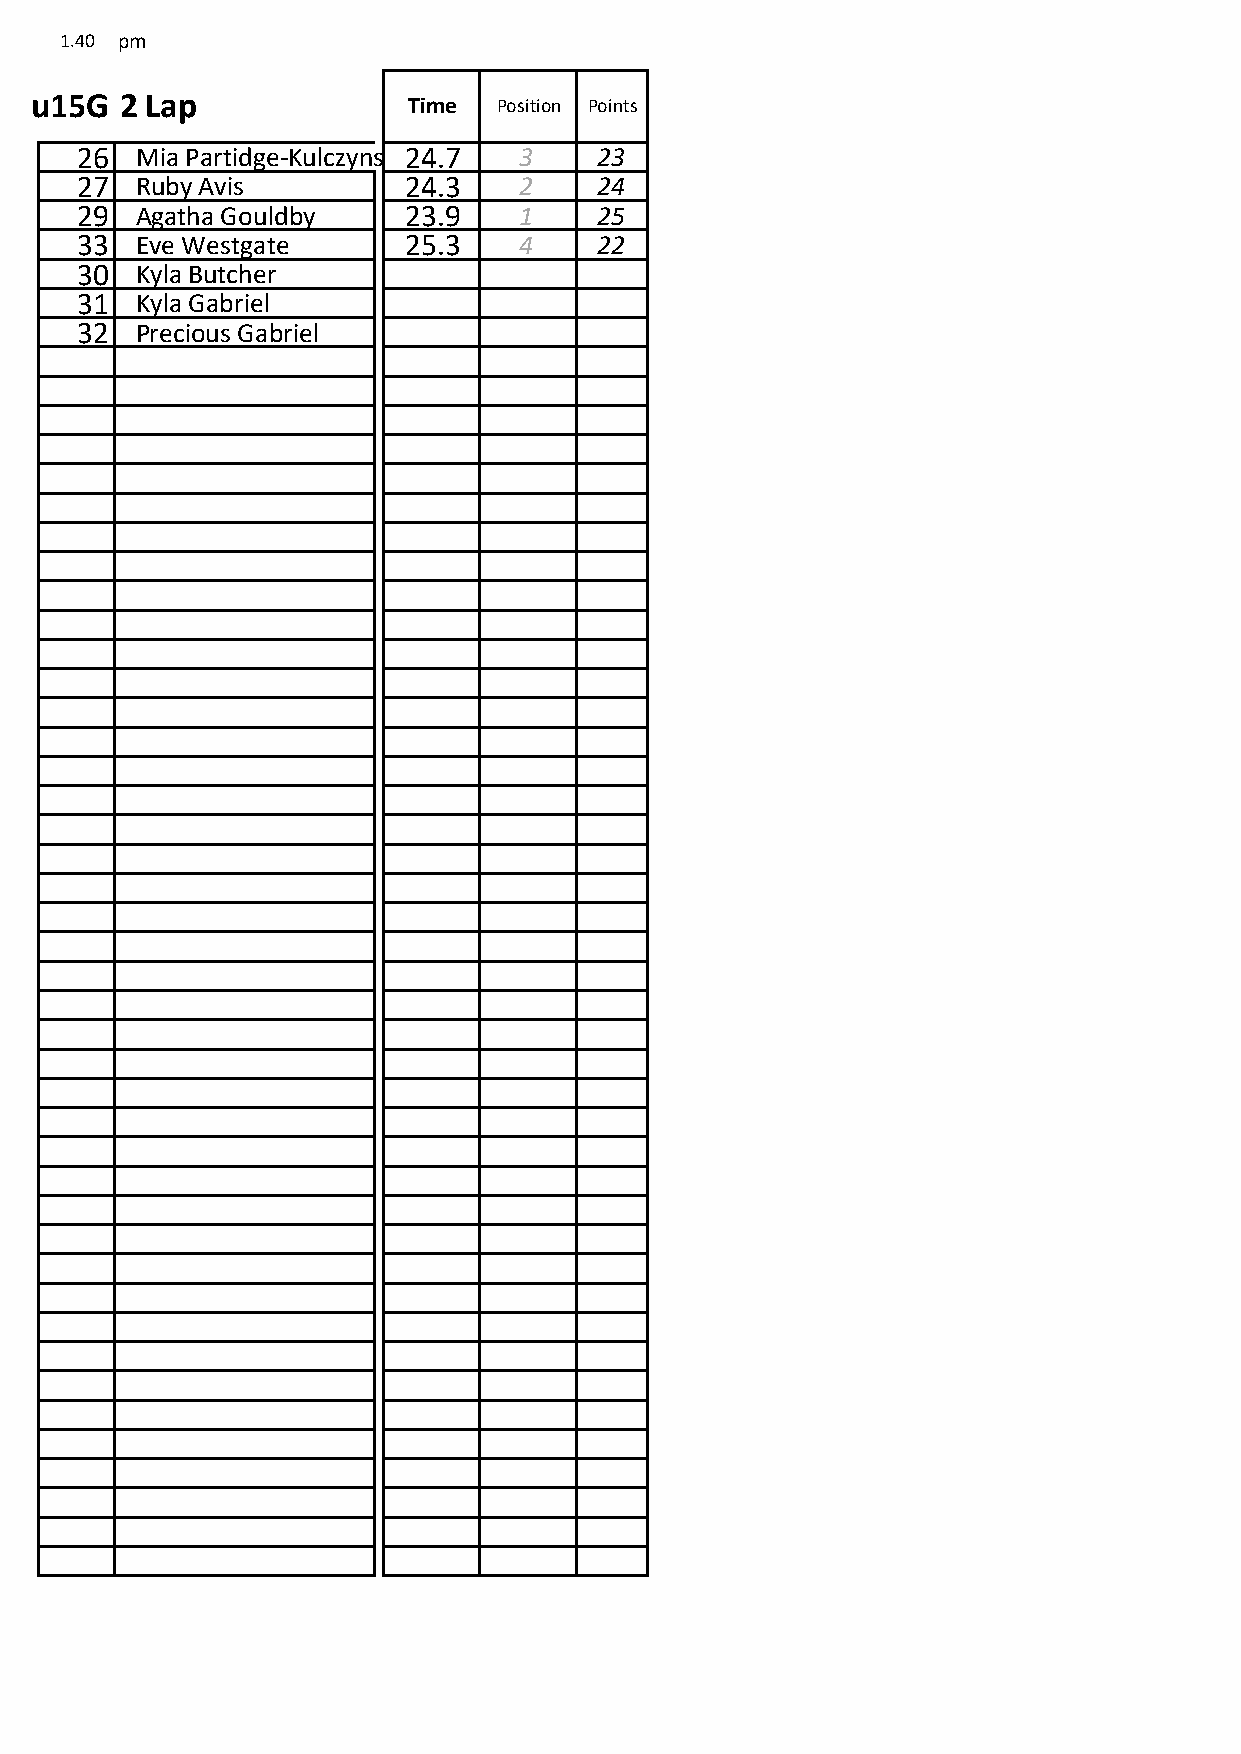
1.40 pm
 u15G  2 Lap              Time  Position Points
 26  Mia Partidge-Kulczynski24.7 3 23
 27  Ruby Avis         24.3   2    24
 29  Agatha Gouldby    23.9   1    25
 33  Eve Westgate      25.3   4    22
 30  Kyla Butcher
 31  Kyla Gabriel
 32  Precious Gabriel
 0  0
 0  0
 0  0
 0  0
 0  0
 0  0
 0  0
 0  0
 0  0
 0  0
 0  0
 0  0
 0  0
 0  0
 0  0
 0  0
 0  0
 0  0
 0  0
 0  0
 0  0
 0  0
 0  0
 0  0
 0  0
 0  0
 0  0
 0  0
 0  0
 0  0
 0  0
 0  0
 0  0
 0  0
 0  0
 0  0
 0  0
 0  0
 0  0
 0  0
 0  0
 0  0